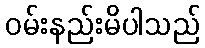
ဝမ်းနည်းမိပါသည်